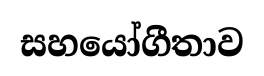
සහයෝගීතාව